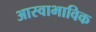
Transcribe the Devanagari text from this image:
आस्वाभाविक